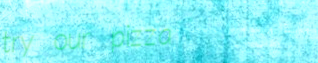
try our pizza